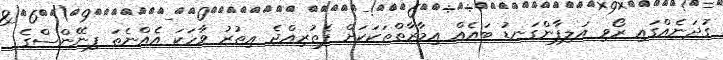
ގުދަނެއްގައި ރޯވި އަލިފާންގަނޑު ބައެއް އިމާރާތްތަކަކަށް ފެތުރިއްޖެ ޢިތުރު ވާހަކަ އެއްނެތަ ފިނޭންސްގެ